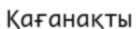
Қағанақты